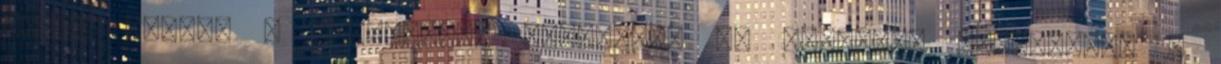
ajkak alakja s vastagsága összefügg az erkölcsi jellemmel. A